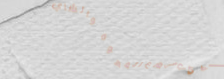
أفضل أنواع القهوة والشاي